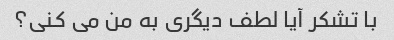
با تشکر آیا لطف دیگری به من می کنی؟